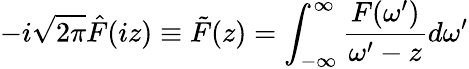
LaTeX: -i\sqrt{2\pi}\hat{F}(iz)\equiv\tilde{F}(z)=\int_{-\infty}^{\infty}\frac{F(\omega^{\prime})}{\omega^{\prime}-z}d\omega^{\prime}